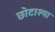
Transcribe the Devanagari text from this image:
छोटाश्या